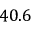
4 0 . 6